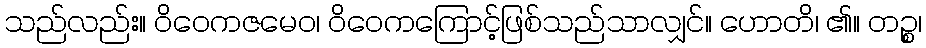
သည်လည်း။ ဝိဝေကဇမေဝ၊ ဝိဝေကကြောင့်ဖြစ်သည်သာလျှင်။ ဟောတိ၊ ၏။ တဉ္စ၊